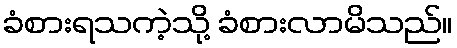
ခံစားရသကဲ့သို့ ခံစားလာမိသည်။